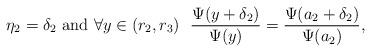
LaTeX: \begin{align*} \eta_2=\delta_2 \hbox{ and } \forall y \in (r_2,r_3)\ \ \frac{\Psi(y+\delta_2)}{\Psi(y)}=\frac{\Psi(a_2+\delta_2)}{\Psi(a_2)},\end{align*}